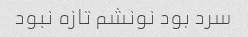
سرد بود نونشم تازه نبود